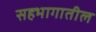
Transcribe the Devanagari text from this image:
सहभागातील